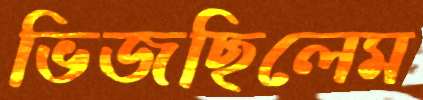
ভিজছিলেম